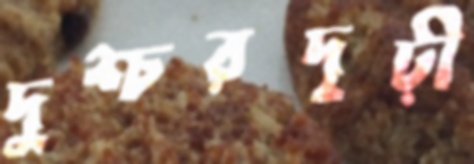
দুশ্চরদৃঢ়ী